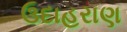
ઉદાહરાણ